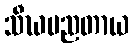
သီဃပညတာယ